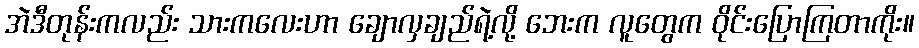
အဲဒီတုန်းကလည်း သားကလေးဟာ ချောလှချည်ရဲ့လို့ ဘေးက လူတွေက ဝိုင်းပြောကြတာကိုး။